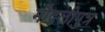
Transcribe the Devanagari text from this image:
मौद्गलीपुत्र